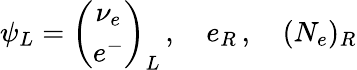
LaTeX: \psi_{L}=\left(\begin{array}{c}{{\nu_{e}}}\\ {{e^{-}}}\end{array}\right)_{L}\, ,\quad e_{R}\, ,\quad(N_{e})_{R}